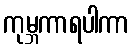
ကုမ္ဘကာရပါကာ